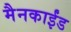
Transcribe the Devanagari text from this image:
मैनकाईंड